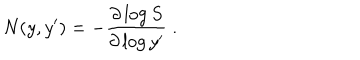
LaTeX: N ( y , y ^ { \prime } ) = - { \frac { \partial \log S } { \partial \log y ^ { \prime } } } \ .